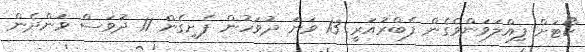
ކޯޓަށް ފިއްލަވަންވެގެން ފެބްރުއަރީ 13 ވަނަ ދުވަހުން ފެށިގެން 11 ދުވަސް ވަންދެން